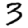
Digit: 3